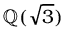
\mathbb { Q } ( { \sqrt { 3 } } )